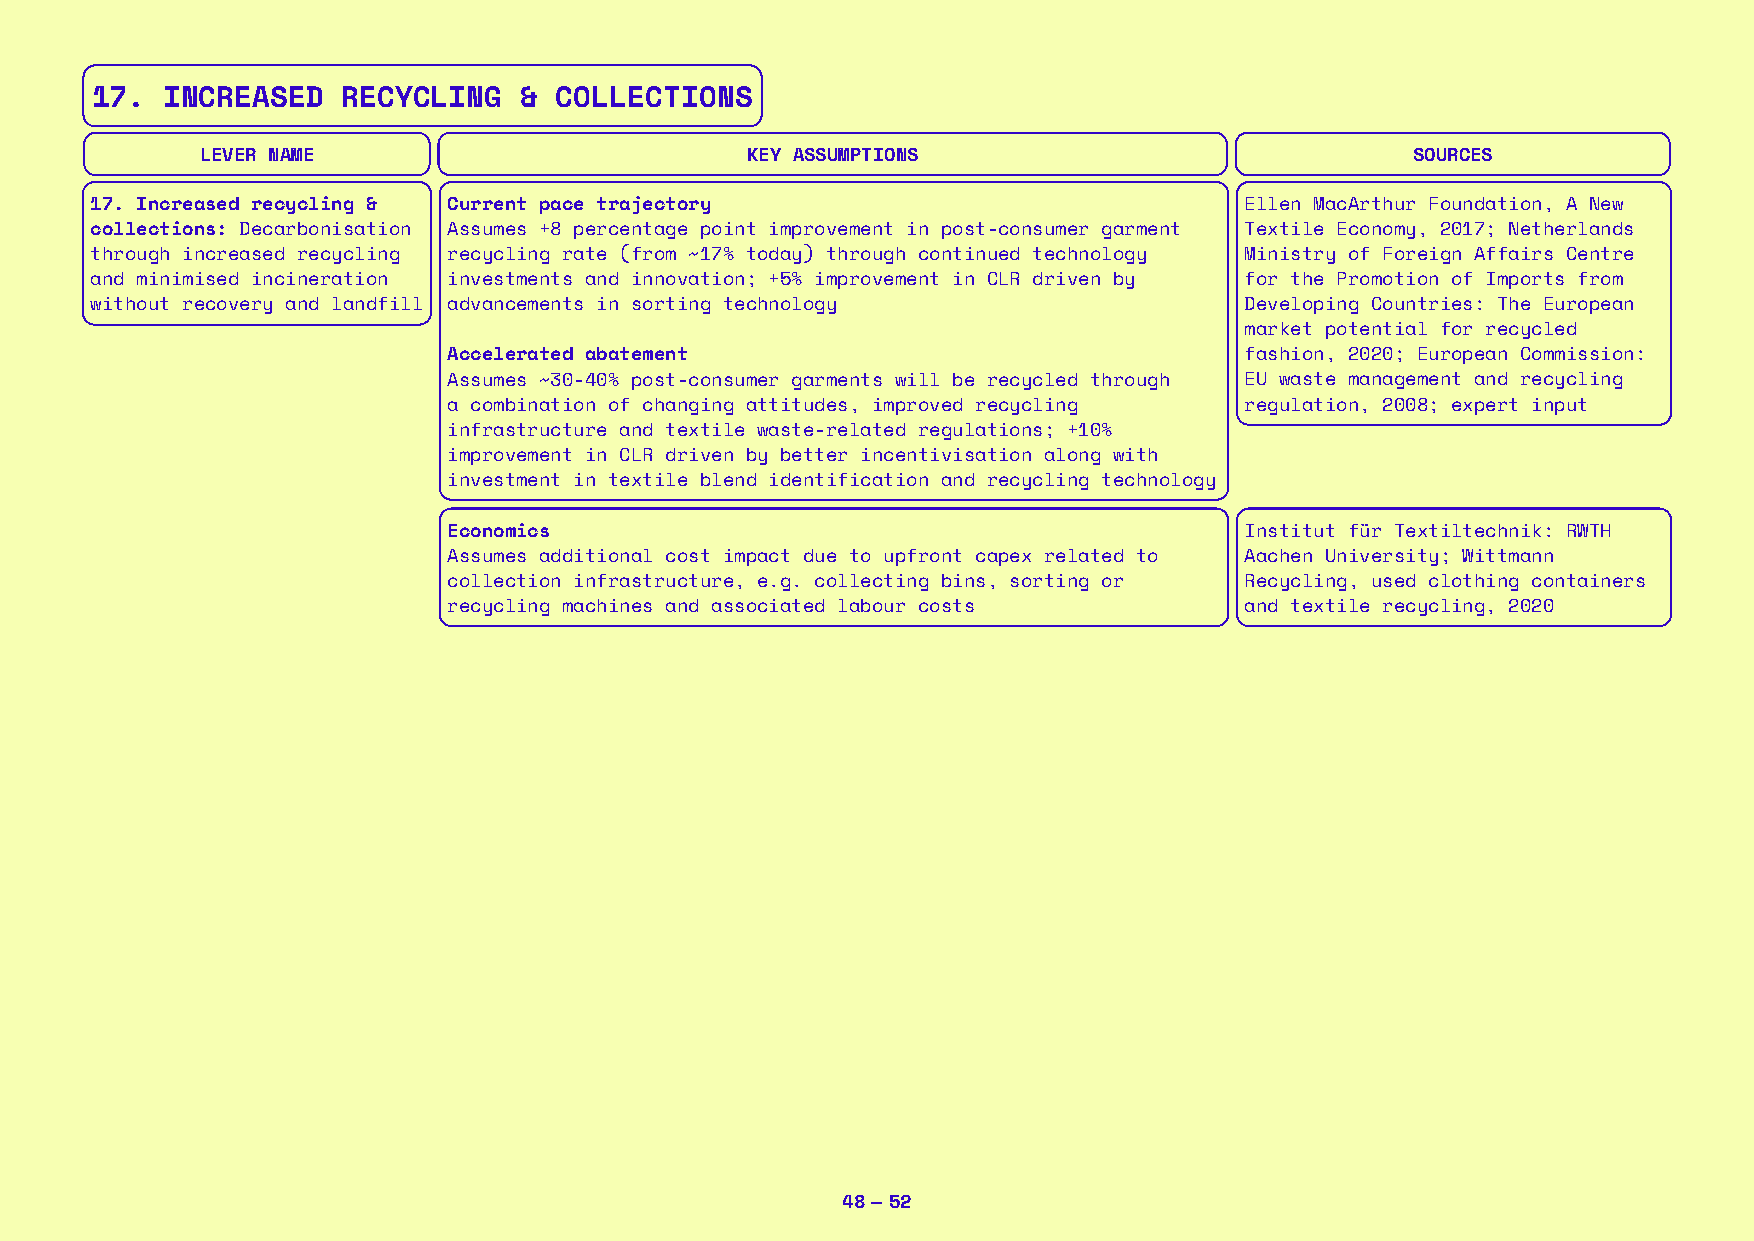
17.  INCREASED   RECYCLING  &  COLLECTIONS
 LEVER NAME                          KEY ASSUMPTIONS                              SOURCES
 17. Increased recycling & Current pace trajectory                           Ellen MacArthur Foundation, A New
 collections: Decarbonisation Assumes +8 percentage point improvement in post-consumer garment Textile Economy, 2017; Netherlands
 through increased recycling recycling rate (from ~17% today) through continued technology Ministry of Foreign Affairs Centre
 and minimised incineration investments and innovation; +5% improvement in CLR driven by for the Promotion of Imports from
 without recovery and landfill advancements in sorting technology            Developing Countries: The European
 market potential for recycled
 Accelerated abatement                               fashion, 2020; European Commission:
 Assumes ~30-40% post-consumer garments will be recycled through EU waste management and recycling
 a combination of changing attitudes, improved recycling regulation, 2008; expert input
 infrastructure and textile waste-related regulations; +10%
 improvement in CLR driven by better incentivisation along with
 investment in textile blend identification and recycling technology
 Economics                                           Institut für Textiltechnik: RWTH
 Assumes additional cost impact due to upfront capex related to Aachen University; Wittmann
 collection infrastructure, e.g. collecting bins, sorting or Recycling, used clothing containers
 recycling machines and associated labour costs      and textile recycling, 2020
 48 — 52